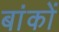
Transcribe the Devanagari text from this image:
बांकों